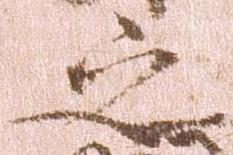
之